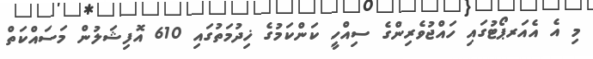
މި އެ އެއަރޕޯޓުގައި ހައްޖުވެރިންގެ ސިއްހީ ކަންކަމުގެ ޚިދުމަތުގައި 610 އޮފިޝަލުން މަސައްކަތް